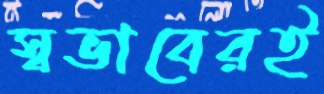
স্বভাবেরই